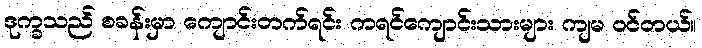
ဒုက္ခသည် စခန်းမှာ ကျောင်းတက်ရင်း ကရင်ကျောင်းသားများ ကျမ ဝင်တယ်။